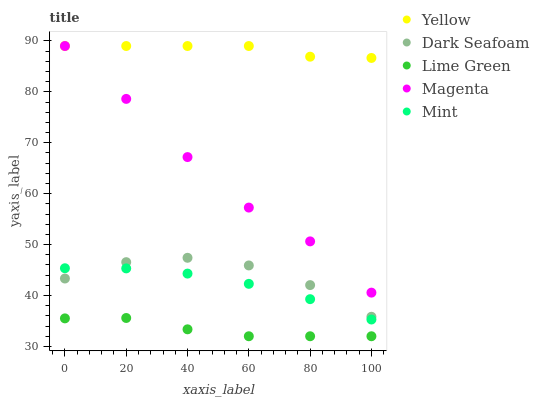
| xaxis_label | Yellow | Dark Seafoam | Lime Green | Magenta | Mint |
 | --- | --- | --- | --- | --- | --- |
 | 0 | 89 | 43.3 | 35.5 | 89 | 45.4 |
 | 20 | 89 | 46.6 | 35.6 | 78.6 | 45.3 |
 | 40 | 89 | 47.4 | 33.4 | 67.2 | 44.3 |
 | 60 | 89 | 45.9 | 32 | 57.3 | 42.3 |
 | 80 | 86.9 | 42 | 32 | 50.6 | 39.3 |
 | 100 | 86.7 | 35.8 | 32 | 40.6 | 35.3 |